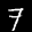
Label: 7